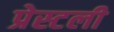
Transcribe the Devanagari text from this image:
प्रेस्टली